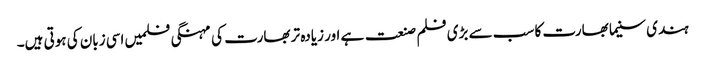
ہندی سنیما بھارت کا سب سے بڑی فلم صنعت ہے اور زیادہ تر بھارت کی مہنگی فلمیں اسی زبان کی ہوتی ہیں۔